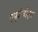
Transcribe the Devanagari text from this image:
एम्‌बीबीएस